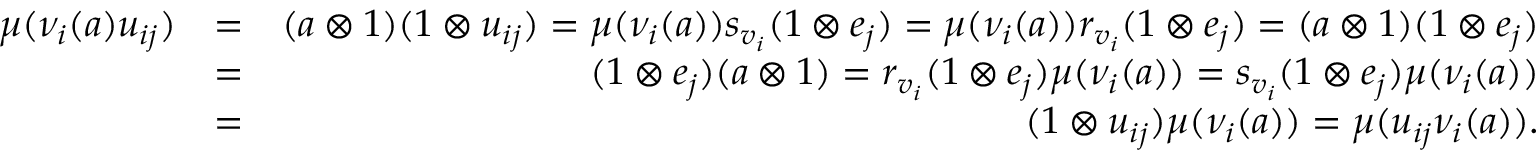
\begin{array} { r l r } { \mu ( \nu _ { i } ( a ) u _ { i j } ) } & { = } & { ( a \otimes 1 ) ( 1 \otimes u _ { i j } ) = \mu ( \nu _ { i } ( a ) ) s _ { v _ { i } } ( 1 \otimes e _ { j } ) = \mu ( \nu _ { i } ( a ) ) r _ { v _ { i } } ( 1 \otimes e _ { j } ) = ( a \otimes 1 ) ( 1 \otimes e _ { j } ) } \\ & { = } & { ( 1 \otimes e _ { j } ) ( a \otimes 1 ) = r _ { v _ { i } } ( 1 \otimes e _ { j } ) \mu ( \nu _ { i } ( a ) ) = s _ { v _ { i } } ( 1 \otimes e _ { j } ) \mu ( \nu _ { i } ( a ) ) } \\ & { = } & { ( 1 \otimes u _ { i j } ) \mu ( \nu _ { i } ( a ) ) = \mu ( u _ { i j } \nu _ { i } ( a ) ) . } \end{array}